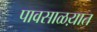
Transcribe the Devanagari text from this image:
पावसाळय़ात